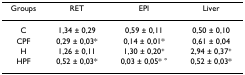
<table><thead><tr><td><b>Groups</b></td><td><b>RET</b></td><td><b>EPI</b></td><td><b>Liver</b></td></tr></thead><tbody><tr><td>C</td><td>1,34 ± 0,29</td><td>0,59 ± 0,11</td><td>0,50 ± 0,10</td></tr><tr><td>CPF</td><td>0,29 ± 0,03*</td><td>0,14 ± 0,01*</td><td>0,61 ± 0,04</td></tr><tr><td>H</td><td>1,26 ± 0,11</td><td>1,30 ± 0,20<sup>+</sup></td><td>2,94 ± 0,37<sup>+</sup></td></tr><tr><td>HPF</td><td>0,52 ± 0,03*</td><td>0,03 ± 0,05* °</td><td>0,52 ± 0,03*</td></tr></tbody></table>